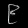
Digit: ၉